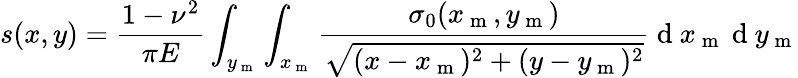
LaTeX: s(x,y)=\frac{1-\nu^{2}}{\pi E}\int_{y_{\mathrm{~m~}}}\int_{x_{\mathrm{~m~}}}\frac{\sigma_{0}(x_{\mathrm{~m~}},y_{\mathrm{~m~}})}{\sqrt{(x-x_{\mathrm{~m~}})^{2}+(y-y_{\mathrm{~m~}})^{2}}}\mathrm{~d~}x_{\mathrm{~m~}}\mathrm{~d~}y_{\mathrm{~m~}}